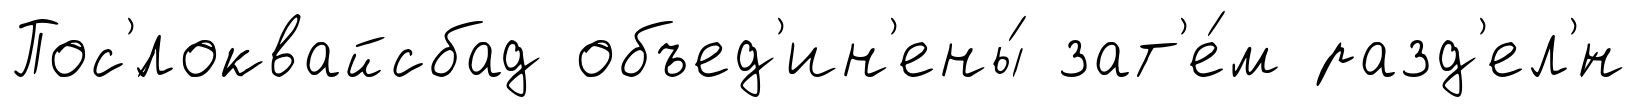
Пос'́локвайсбад объед'ин'ены́ зат'е́м разд'ел'́н